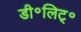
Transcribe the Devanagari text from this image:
डी॰लिट्॰